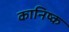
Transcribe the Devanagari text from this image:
कानिष्क